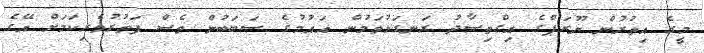
މީގެ އިތުރުން ޔޫރަޕްގެ އިގްތިޞާދު ރަނގަޅުވަމުން އައުމުގެ ސަބަބުން ވެސް ފަތުރުވެރިކަމަށް އޭގެ